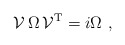
\begin{align*}{\cal V}\,\Omega \,{\cal V}^{\rm T} = i\Omega\ ,\end{align*}